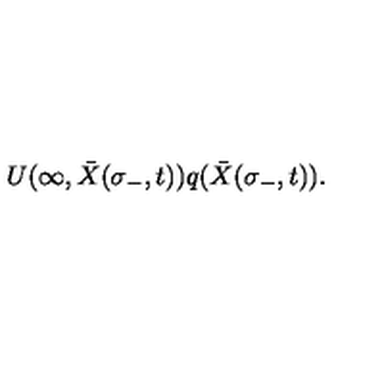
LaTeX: U ( \infty , { \bar { X } } ( \sigma _ { - } , t ) ) q ( { \bar { X } } ( \sigma _ { - } , t ) ) .